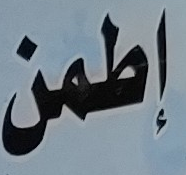
إطمن